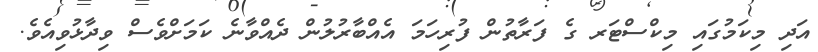
އަދި މިކަމުގައި މިކްސްޓަރ ގެ ފަރާތުން ފުރިހަމަ އެއްބާރުލުން ދެއްވާނެ ކަމަށްވެސް ވިދާޅުވިއެވެ.